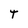
Character: T